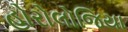
હોરોલોજિયા